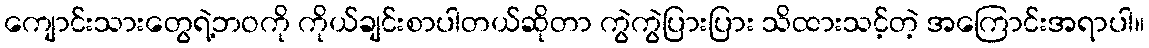
ကျောင်းသားတွေရဲ့ဘဝကို ကိုယ်ချင်းစာပါတယ်ဆိုတာ ကွဲကွဲပြားပြား သိထားသင့်တဲ့ အကြောင်းအရာပါ။